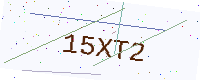
Text: 15XT2